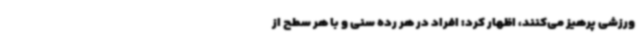
ورزشی پرهیز می‌کنند، اظهار کرد: افراد در هر رده سنی و با هر سطح از